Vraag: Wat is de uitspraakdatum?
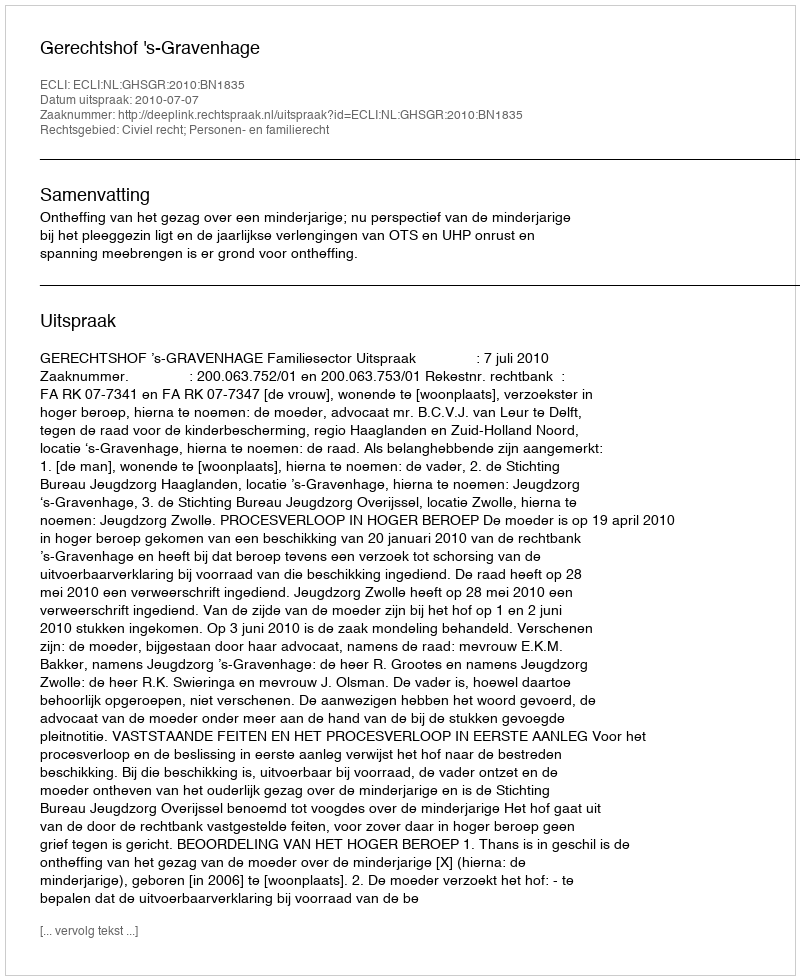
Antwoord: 2010-07-07